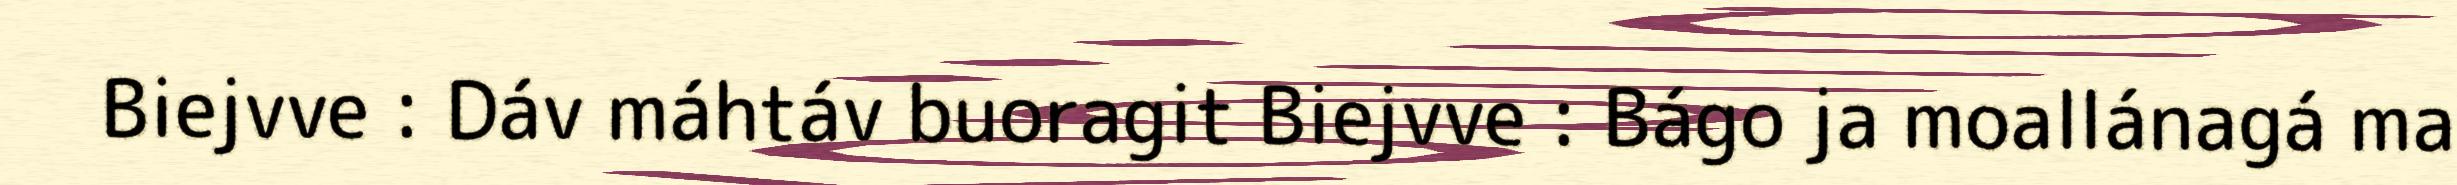
Biejvve : Dáv máhtáv buoragit Biejvve : Bágo ja moallánagá ma